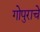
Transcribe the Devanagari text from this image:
गोपुराचे